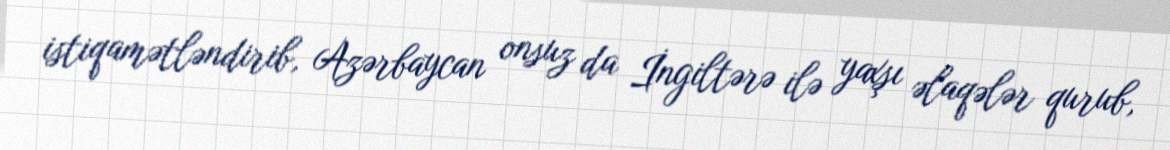
istiqamətləndirib, Azərbaycan onsuz da İngiltərə ilə yaxşı əlaqələr qurub,